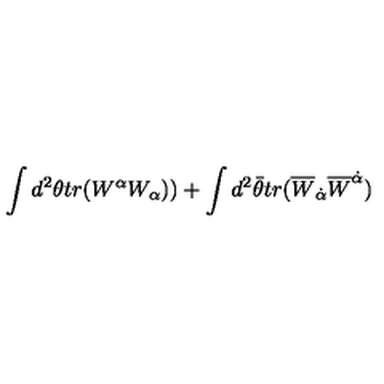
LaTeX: \int d ^ { 2 } \theta t r ( W ^ { \alpha } W _ { \alpha } ) ) + \int d ^ { 2 } \bar { \theta } t r ( \overline { { W } } _ { \dot { \alpha } } \overline { { W } } ^ { \dot { \alpha } } )